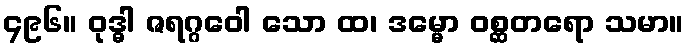
၄၉၆။ ဝုဒ္ဓါ ဇရဂ္ဂဝေါ သော ထ၊ ဒမ္မော ဝစ္ဆတရော သမာ။